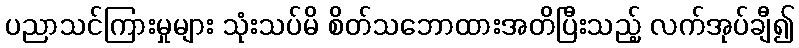
ပညာသင်ကြားမှုများ သုံးသပ်မိ စိတ်သဘောထားအတိပြီးသည့် လက်အုပ်ချီ၍